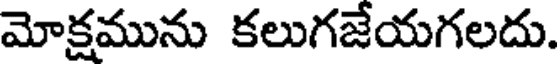
మోక్షమును కలుగజేయగలదు.